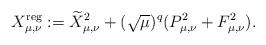
LaTeX: \begin{align*}X_{\mu,\nu}^{\rm reg}:=\widetilde{X}_{\mu,\nu}^2 + (\sqrt\mu)^q (P_{\mu,\nu}^2+ F_{\mu,\nu}^2).\end{align*}